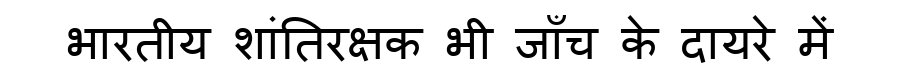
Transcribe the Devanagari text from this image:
भारतीय शांतिरक्षक भी जाँच के दायरे में